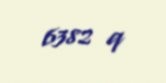
6382 q